Indian journal of veterinary science and animal husbandry - Volumes 26-27, 1956-1957
Year: 1956
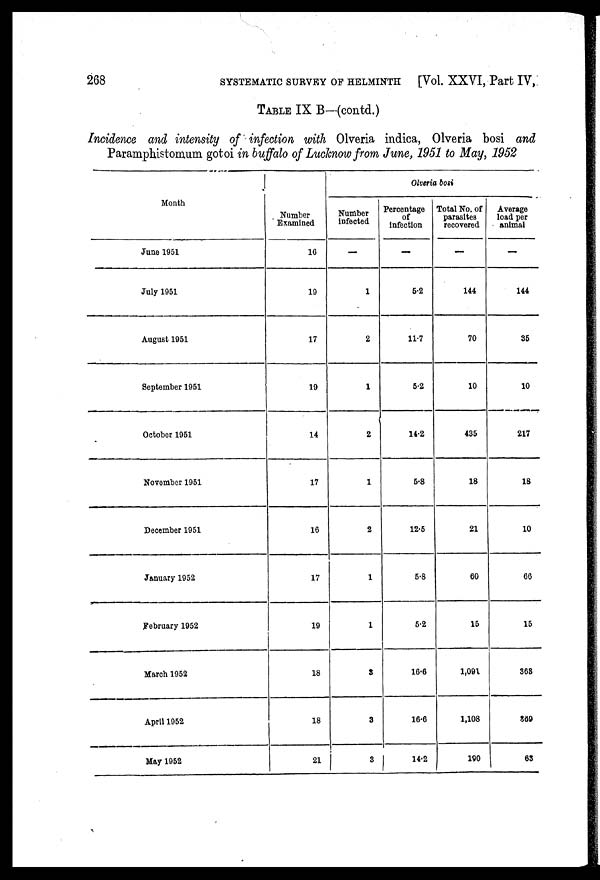
268
SYSTEMATIC SURVEY OF HELMINTH [Vol. XXVI, Part IV,
TABLE IX B—(contd.)
Incidence and intensity of infection with Olveria indica, Olveria bosi and
Paramphistomum gotoi in buffalo of Luchnow from June, 1951 to May, 1952
Month
June 1951
July 1951
August 1951
September 1951
October 1951
November 1951
December 1951
January 1952
February 1952
March 1952
April 1952
May 1952
Number
Examined
16
19
17
19
14
17
16
17
19
18
18
21
Olveria bosi
Number
infected
—
1
2
1
2
1
2
1
1
3
3
3
Percentage
of
infection
—
5.2
11.7
5.2
14.2
5.8
12.5
5.8
5.2
16.6
16.6
14.2
Total No. of
parasites
recovered
—
144
70
10
435
18
21
60
15
1,091
1,108
190
Average
load per
animal
—
144
35
10
217
18
10
66
15
363
369
63